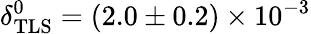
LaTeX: \delta_{\mathrm{TLS}}^{0}=(2.0\pm 0.2)\times 10^{-3}